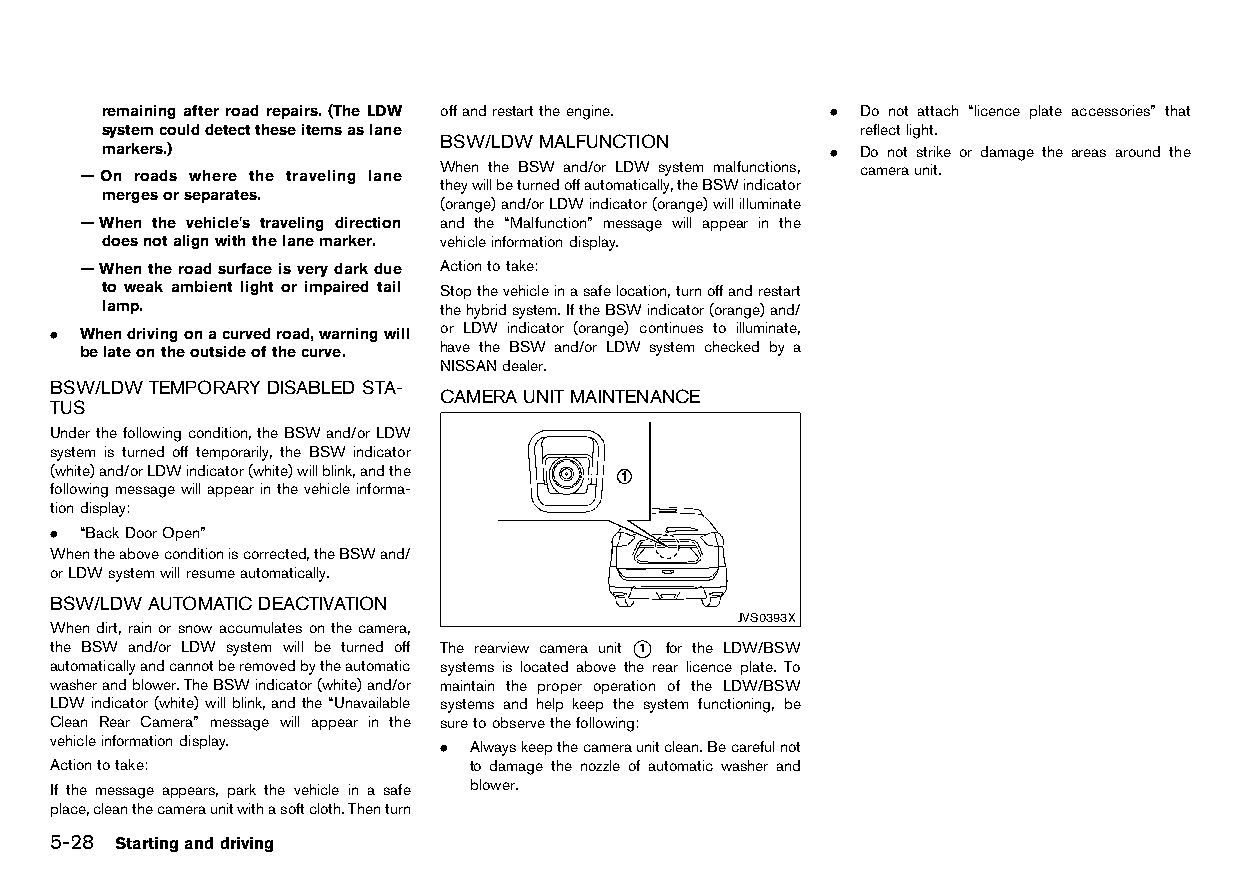
(212,1)
 remaining after road repairs. (The LDW offandrestarttheengine. . Do not attach “licence plate accessories” that
 systemcoulddetecttheseitemsaslane                 reflectlight.
 BSW/LDW MALFUNCTION
 markers.)                   HT32A1-BE72994E-5740-4BDE-86C1-2EB349CDBE95 . Do not strike or damage the areas around the
 —On roads where the traveling lane When the BSW and/or LDW system malfunctions, cameraunit.
 theywillbeturnedoffautomatically,theBSWindicator
 mergesorseparates.
 (orange)and/orLDWindicator(orange)willilluminate
 —When the vehicle’s traveling direction and the “Malfunction” message will appear in the
 doesnotalignwiththelanemarker. vehicleinformationdisplay.
 —Whentheroadsurfaceisverydarkdue Actiontotake:
 to weak ambient light or impaired tail Stopthevehicleinasafelocation,turnoffandrestart
 lamp.                 thehybridsystem.IftheBSWindicator(orange)and/
 . Whendrivingonacurvedroad,warningwill or LDW indicator (orange) continues to illuminate,
 belateontheoutsideofthecurve. have the BSW and/or LDW system checked by a
 NISSANdealer.
 BSW/LDW TEMPORARYDISABLED STA-
 CAMERA UNITMAINTENANCE
 TUS                              HT32A1-0EDFD818-00A6-4767-8847-3673FFD43878
 HT32A1-1BDDF44E-AFF2-4E00-9455-635AEAA0FD68
 Underthefollowingcondition,theBSWand/orLDW
 system is turned off temporarily, the BSW indicator
 (white)and/orLDWindicator(white)willblink,andthe
 followingmessagewillappearinthevehicleinforma-
 tiondisplay:
 . “BackDoorOpen”
 Whentheaboveconditioniscorrected,theBSWand/
 orLDWsystemwillresumeautomatically.
 BSW/LDWAUTOMATICDEACTIVATION
 HT32A1-2F69DEE5-07A4-4D46-9DF1-D415DC6DE324 JVS0393X
 When dirt,rainorsnow accumulates onthecamera,
 the BSW and/or LDW system will be turned off The rearview camera unit *1 for the LDW/BSW
 automaticallyandcannotberemovedbytheautomatic systems is located above the rear licence plate. To
 washerandblower.TheBSWindicator(white)and/or maintain the proper operation of the LDW/BSW
 LDWindicator(white)willblink,andthe“Unavailable systems and help keep the system functioning, be
 Clean Rear Camera” message will appear in the suretoobservethefollowing:
 vehicleinformationdisplay.
 . Alwayskeepthecameraunitclean.Becarefulnot
 Actiontotake:               to damage the nozzle of automatic washer and
 If the message appears, park the vehicle in a safe blower.
 place,cleanthecameraunitwithasoftcloth.Thenturn
 5-28 Startinganddriving
 Condition:                        [Edit:2015/8/24 Model: HT32-A]